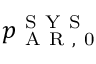
p _ { \mathrm { ~ A ~ R ~ , ~ 0 ~ } } ^ { \mathrm { ~ S ~ Y ~ S ~ } }